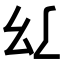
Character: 𢆴